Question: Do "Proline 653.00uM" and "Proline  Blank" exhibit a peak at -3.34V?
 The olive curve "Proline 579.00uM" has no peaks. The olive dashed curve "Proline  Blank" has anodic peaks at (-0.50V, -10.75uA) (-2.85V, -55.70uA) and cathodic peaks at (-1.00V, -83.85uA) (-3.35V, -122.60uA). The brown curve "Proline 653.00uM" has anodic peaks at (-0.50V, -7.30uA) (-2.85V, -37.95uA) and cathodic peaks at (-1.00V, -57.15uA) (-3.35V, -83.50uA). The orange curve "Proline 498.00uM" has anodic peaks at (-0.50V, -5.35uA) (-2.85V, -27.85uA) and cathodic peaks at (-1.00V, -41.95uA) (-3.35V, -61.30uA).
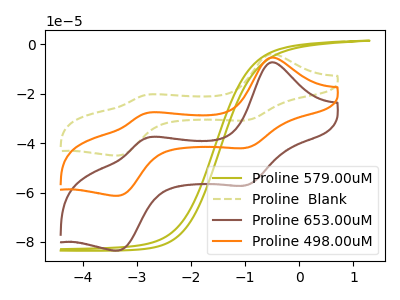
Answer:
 <answer>Yes, "Proline 653.00uM" and "Proline  Blank" share a peak at -3.34V.</answer>
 <eval>match</eval>